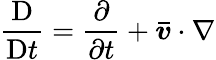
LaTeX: \frac{\mathrm{D}}{\mathrm{D}t}=\frac{\partial}{\partial t}+\boldsymbol{\bar{v}}\cdot\nabla